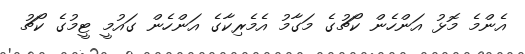
އެންމެ މޮޅު އަންހެން ކޯޗުގެ މަގާމު އެމެރިކާގެ އަންހެން ގައުމީ ޓީމުގެ ކޯޗު